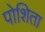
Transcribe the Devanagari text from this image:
पोशिता